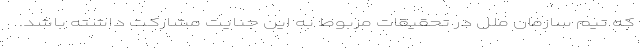
که تیم سازمان ملل در تحقیقات مربوط به این جنایت مشارکت داشته باشد.